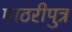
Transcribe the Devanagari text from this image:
माठरीपुत्र